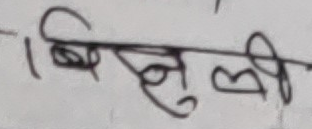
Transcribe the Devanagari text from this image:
बिजुली